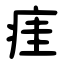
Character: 㾏